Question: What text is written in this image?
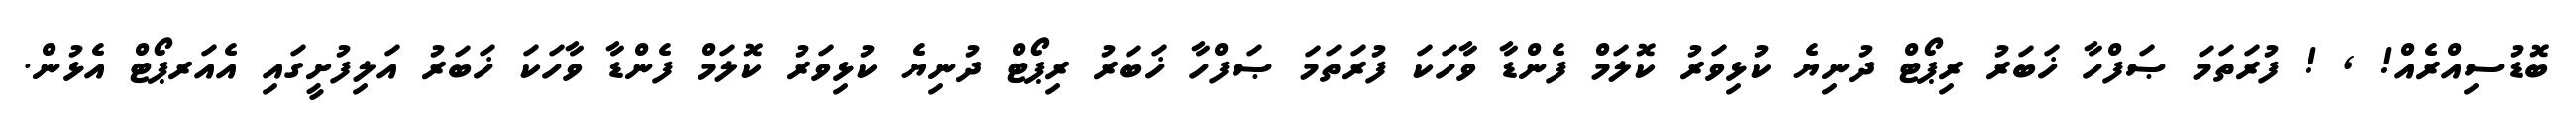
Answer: ބޮޑުސިއްރެއް! , ! ފުރަތަމަ ޞަފްހާ ޚަބަރު ރިޕޯޓް ދުނިޔެ ކުޅިވަރު ކޮލަމް ފެންޑާ ވާހަކަ ފުރަތަމަ ޞަފްހާ ޚަބަރު ރިޕޯޓް ދުނިޔެ ކުޅިވަރު ކޮލަމް ފެންޑާ ވާހަކަ ޚަބަރު އަލިފުށީގައި އެއަރޕޯޓް އެޅުން.